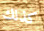
كذلك